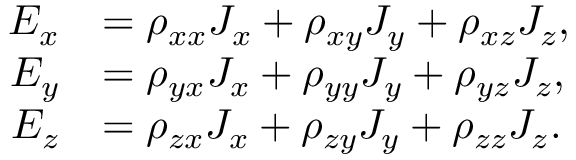
{ \begin{array} { r l } { E _ { x } } & { = \rho _ { x x } J _ { x } + \rho _ { x y } J _ { y } + \rho _ { x z } J _ { z } , } \\ { E _ { y } } & { = \rho _ { y x } J _ { x } + \rho _ { y y } J _ { y } + \rho _ { y z } J _ { z } , } \\ { E _ { z } } & { = \rho _ { z x } J _ { x } + \rho _ { z y } J _ { y } + \rho _ { z z } J _ { z } . } \end{array} }